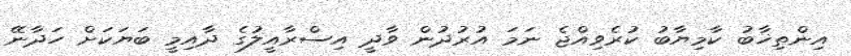
އިންތިޚާބު ކާމިޔާބު ކުރެވިއްޖެ ނަމަ އުރުދުން ވާދީ އިސްރާއީލުގެ ދާއިމީ ބަޔަކަށް ހަދާނޭ